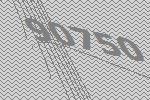
90750